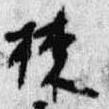
棟